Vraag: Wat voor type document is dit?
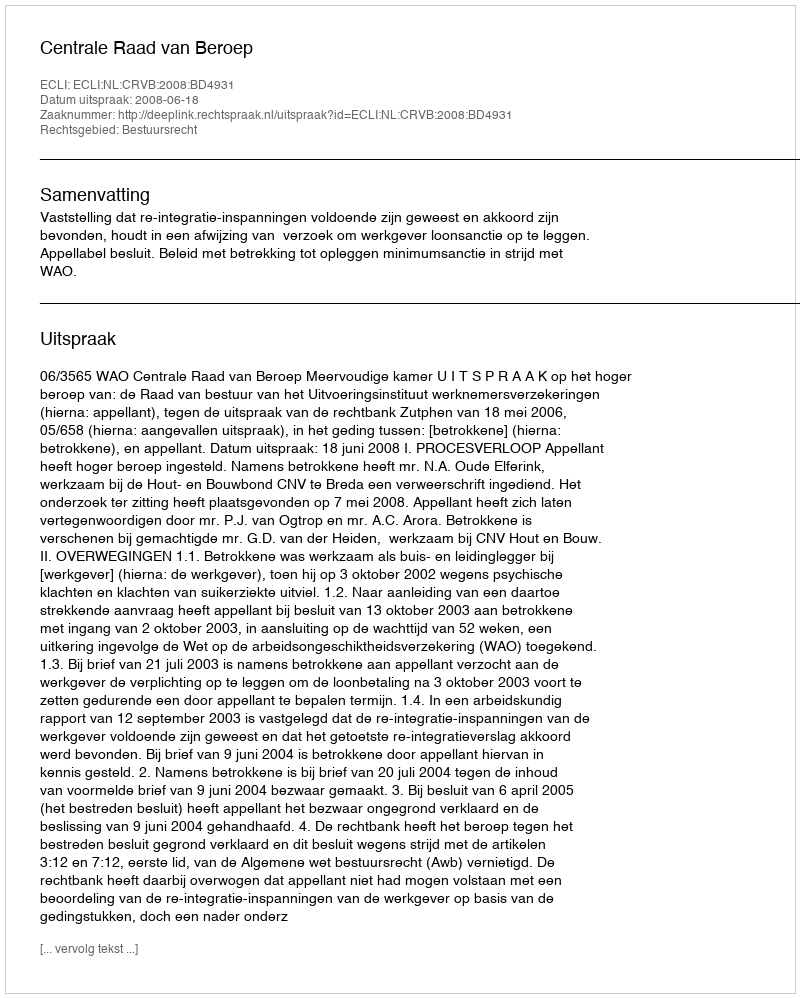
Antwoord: Uitspraak